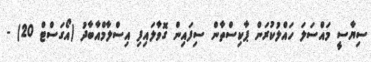
ސިޔާސީ މައްސަލަ ހައްލުކުރަން ޕާކިސްތާން ސިފައިން ގޮވާލައިފި އިސްލާމްއާބާދު (އޯގަސްޓް 20) -